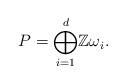
LaTeX: \begin{align*}P={\bigoplus\limits_{i=1}^{d}}\mathbb{Z\omega}_{i}.\end{align*}